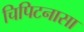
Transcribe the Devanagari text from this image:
चिपिटनासा